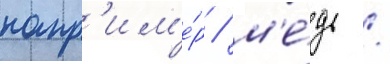
напр'им'е́р / м'е́дь /